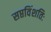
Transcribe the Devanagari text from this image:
सप्तविंशतिः